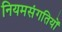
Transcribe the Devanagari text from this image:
नियमसंगतियों